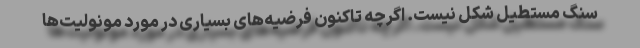
سنگ مستطیل شکل نیست. اگرچه تاکنون فرضیه‌های بسیاری در مورد مونولیت‌ها